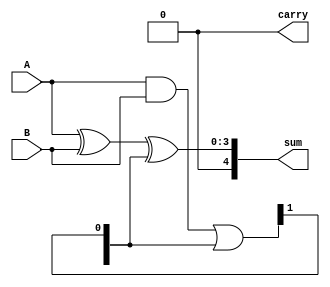
module carry_skip_adder(
    input [N-1:0] A,
    input [N-1:0] B,
    output [N:0] sum,
    output carry
);

parameter N = 4;    // number of bits in the input

wire [N:0] carry_out;
wire [N-1:0] c;

assign sum = A ^ B ^ c;    // calculate sum
assign carry_out = A & B | c;    // calculate carry-out

assign carry = carry_out[N];    // final carry-out

// carry-skip logic
genvar i;
generate
    for(i=0; i<N-1; i=i+2) begin
        assign c[i] = carry_out[i+1];    // skip carry for odd bit positions
    end
endgenerate

endmodule